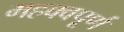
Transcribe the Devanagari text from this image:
महक्वपूर्ण